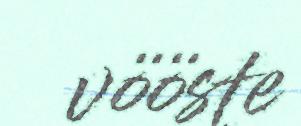
vööste